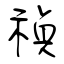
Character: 禎